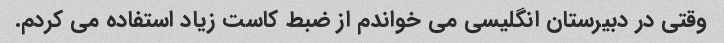
وقتی در دبیرستان انگلیسی می خواندم از ضبط کاست زیاد استفاده می کردم.